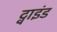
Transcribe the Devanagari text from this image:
ट्वाइंड